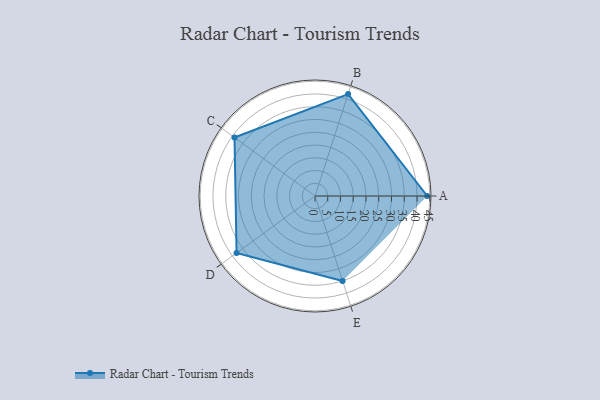
{"axis": {"x": "Skill", "y": "Score"}, "legend": ["Profile"], "data": [{"x": "A", "y": 44.0, "type": "Profile"}, {"x": "B", "y": 42.0, "type": "Profile"}, {"x": "C", "y": 39.0, "type": "Profile"}, {"x": "D", "y": 38.0, "type": "Profile"}, {"x": "E", "y": 35.0, "type": "Profile"}]}